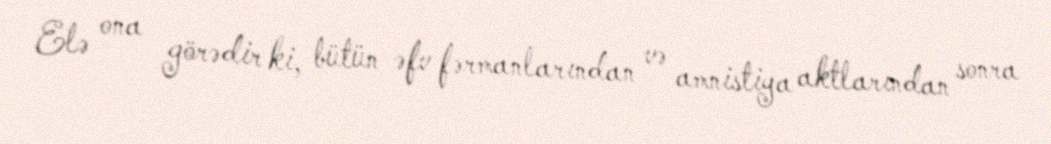
Elə ona görədir ki, bütün əfv fərmanlarından və amnistiya aktlarından sonra